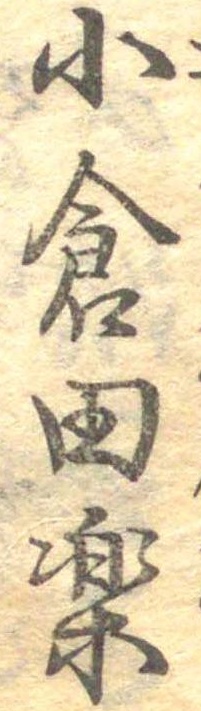
小倉田楽